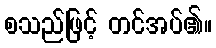
စသည်ဖြင့် တင်အပ်၏။